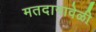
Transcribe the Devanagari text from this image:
मतदानावेळी